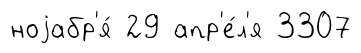
ноjабр'я́ 29 апр'е́л'я 3307